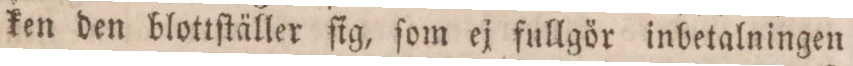
ken den blottſtäller ſig, ſom ej fullgör inbetalningen